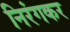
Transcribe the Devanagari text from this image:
निरंगकर